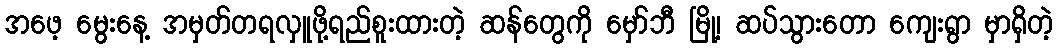
အဖေ့ မွေးနေ့ အမှတ်တရလှူဖို့ရည်စူးထားတဲ့ ဆန်တွေကို မှော်ဘီ မြို့၊ ဆပ်သွားတော ကျေးရွာ မှာရှိတဲ့